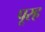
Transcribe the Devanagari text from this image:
पूरह